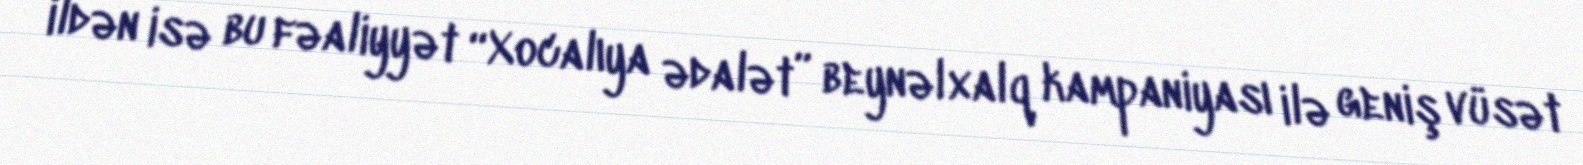
ildən isə bu fəaliyyət “Xocalıya ədalət” beynəlxalq kampaniyası ilə geniş vüsət